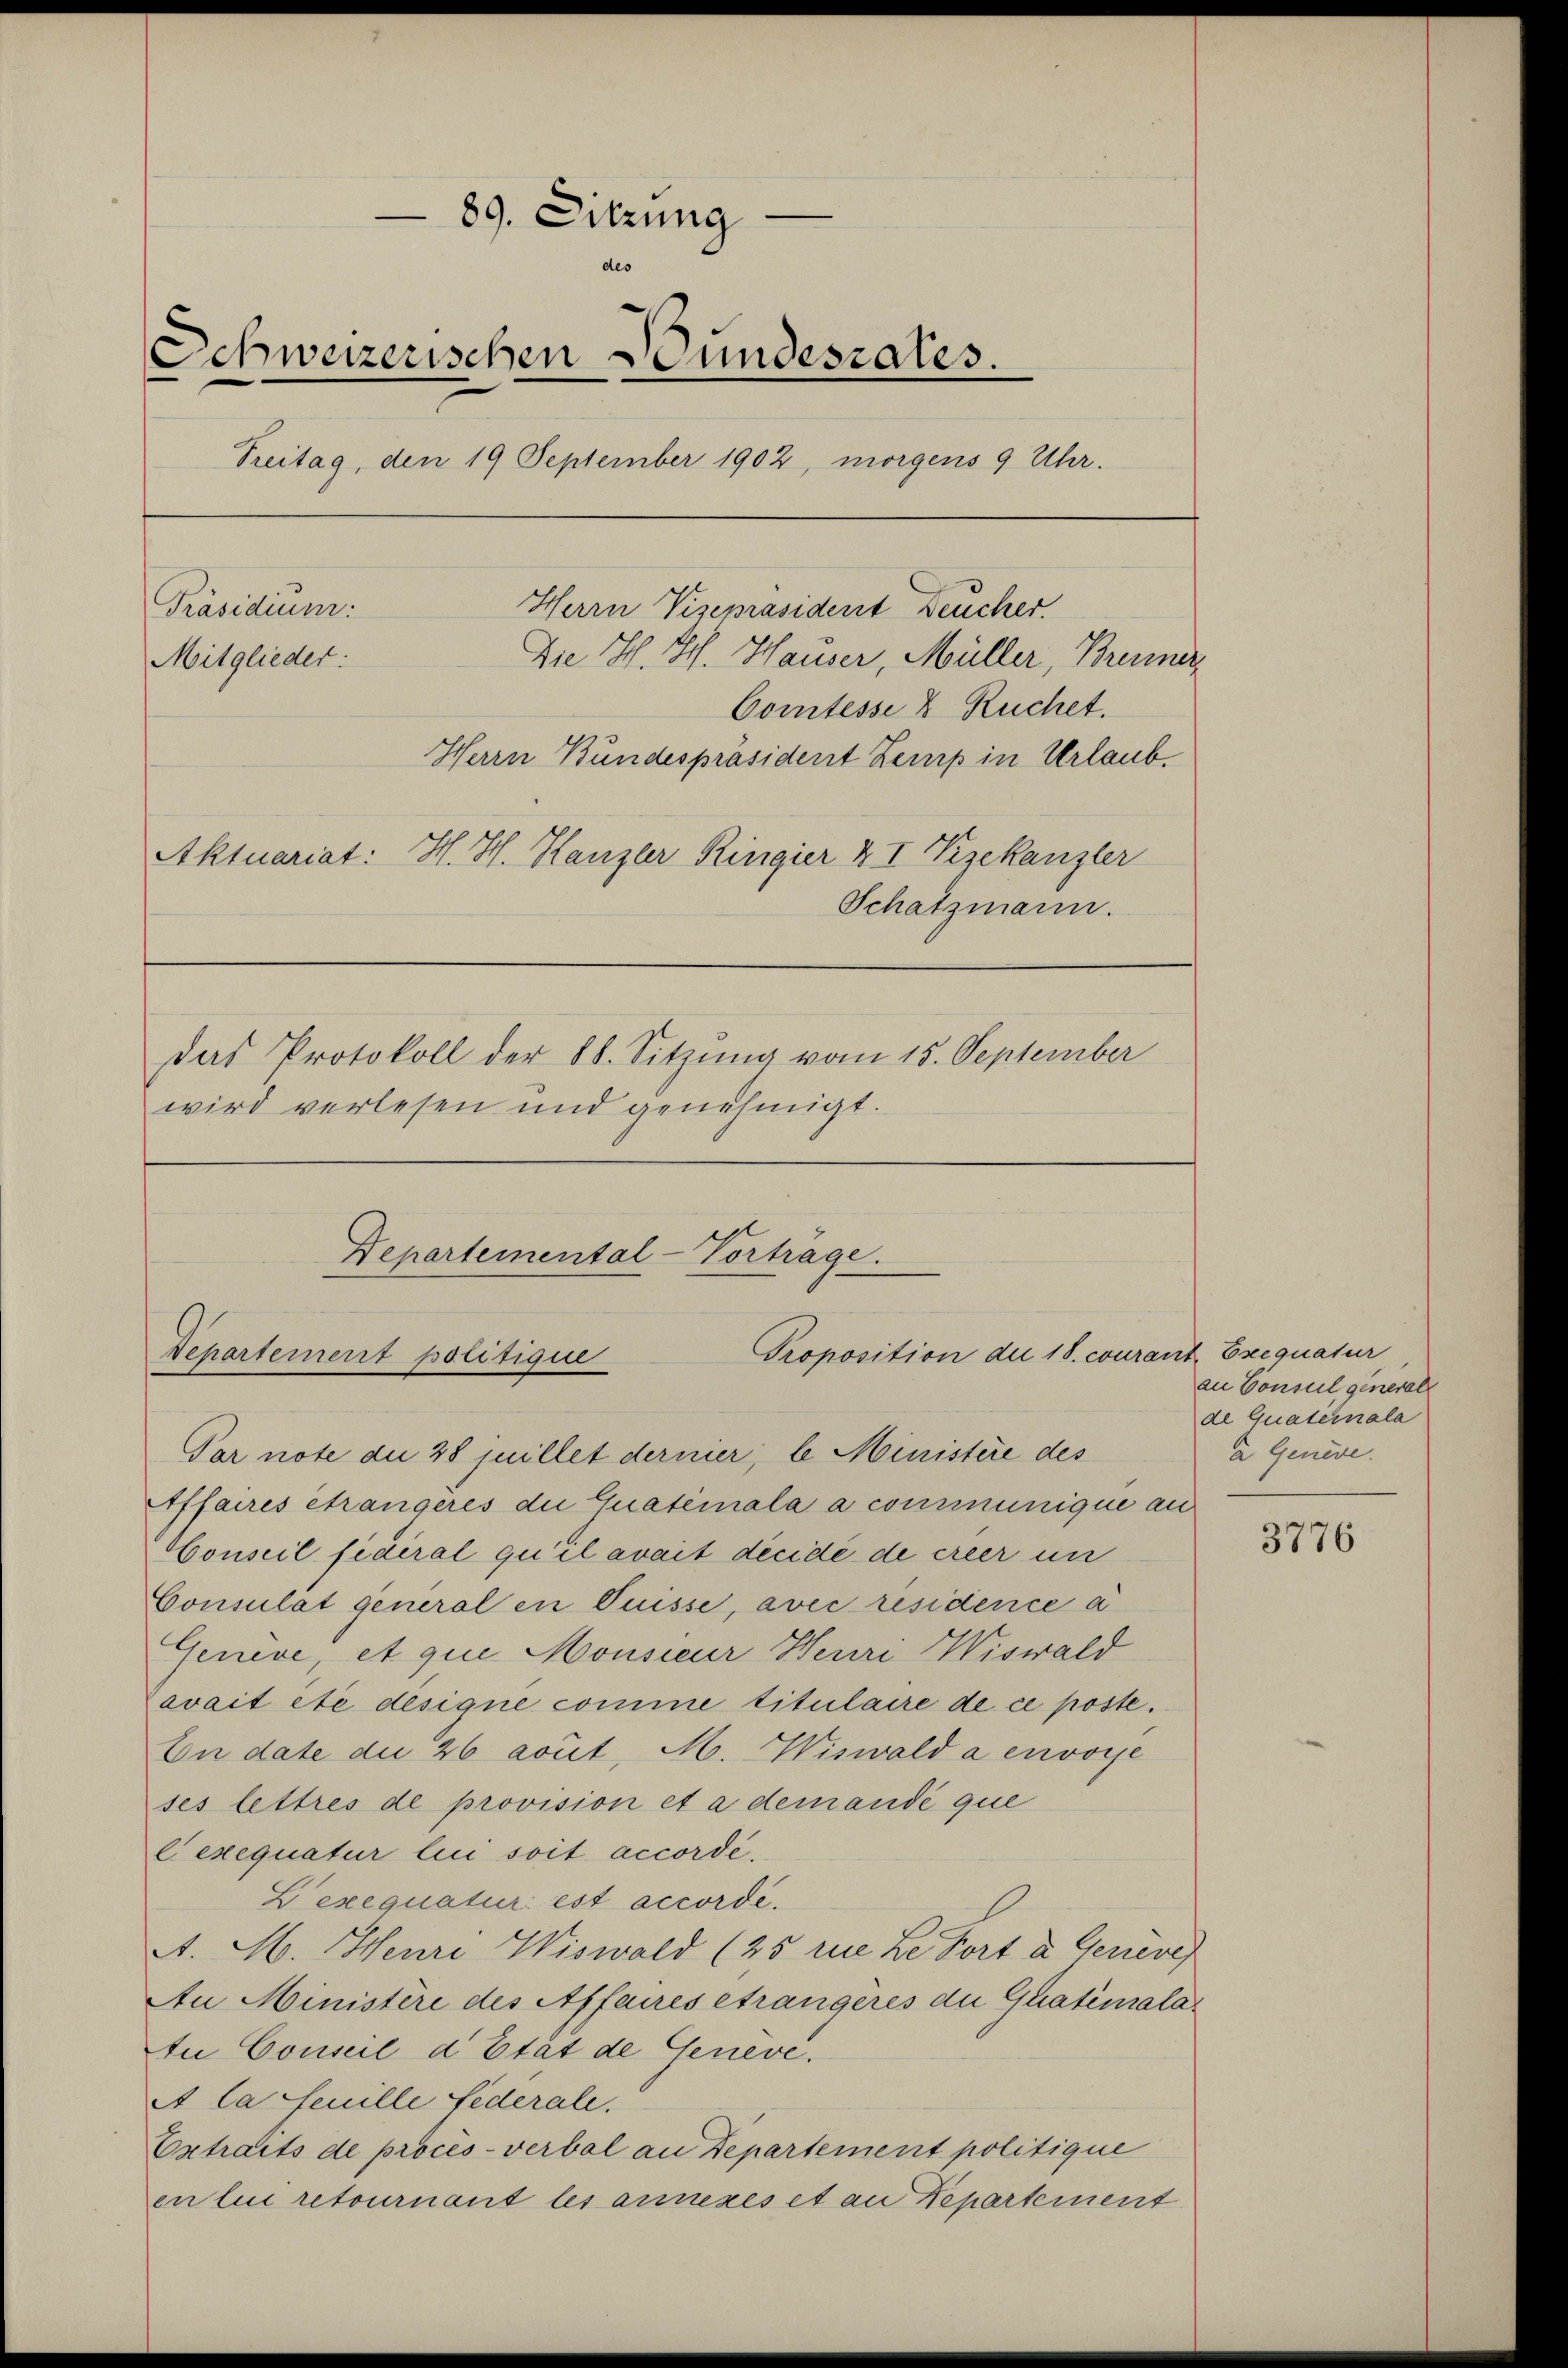
89. Sitzung
des
Schweizerischen Bundesrates.
Treitag, den 19 September 1902, morgens 9 Uhr.
Präsidium:
Herrn Vizepräsident Feucher.
Die H. H. Hauser, Müller, Bremer
Mitglieder:
Comtesse & Ruchet.
Herrn Bundespräsident Zemp in Urlaub.
Aktuariat: H. H. Kanzler Ringier & I Vizekanzler
Schatzmann.
das Protokoll der 88. Sitzung vom 15. September
wird verlesen und genehmigt.
Departemental-Vortrage.

Proposition der 18. couran
Departement politique
Par note die 28 juillet dernier, le Ministère des

Affaires étrangeres die Quateinala a communique an
Conseil federal qu’il avait decide de ereer un
Consulat general in Puisse, avec residence a
Genève, et que Monsieur Henri Wiswald
avait été designe comme titulaire de ce poste.
En date die 26 aout, M. Wiswald a envoye
ses lettres de provision et a demandé que
lexequatur lui soit accordé.
Lexequatur est accorde.
A. H. Henri Wiswald (25 rue Le Fort & Geneve
An Ministere des Affaires étrangeres die Guatimalatu Conseil d’Etat de Geneve.
A la feuille Federale.
Extraits de procès-verbal an Departement politique
en lui retournant les anneres et an Departement

dt. Exequatur
an Consul generall
de Quateinala
a Geneve.

3776